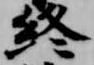
終